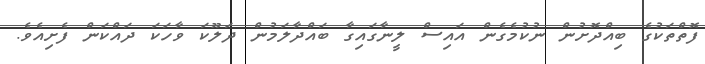
ފޮތްތަކުގެ ބިއްދޮށުން ނުކުމެގެން އައިސް ލީނާގައިގާ ބައްދާލަމުން ދަލޫކަ ވާހަކަ ދައްކަން ފެށިއެވެ.